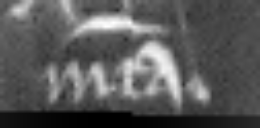
misericordia.